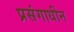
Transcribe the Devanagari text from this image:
प्रसंगाधीन